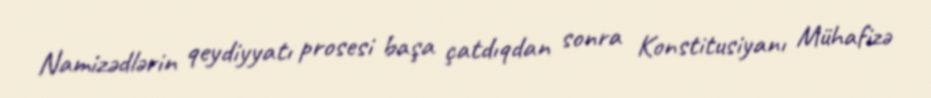
Namizədlərin qeydiyyatı prosesi başa çatdıqdan sonra Konstitusiyanı Mühafizə